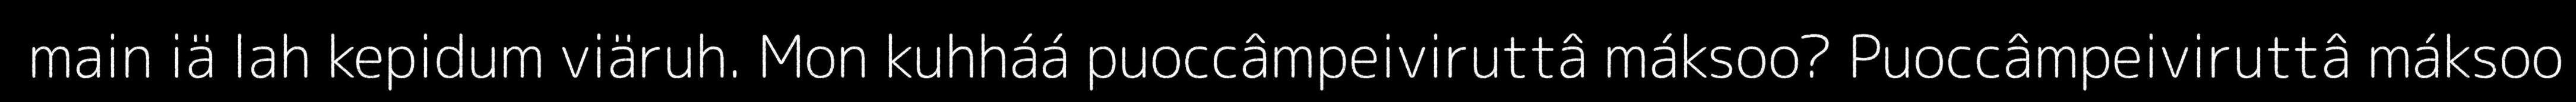
main iä lah kepidum viäruh. Mon kuhháá puoccâmpeiviruttâ máksoo? Puoccâmpeiviruttâ máksoo